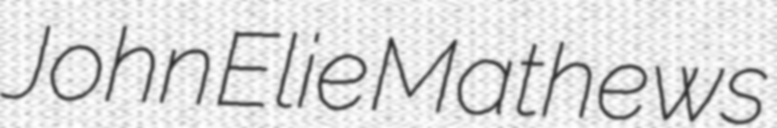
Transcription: John Elie Mathews